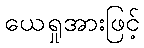
ယေရှုအားဖြင့်